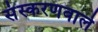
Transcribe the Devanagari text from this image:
संस्करणवाले